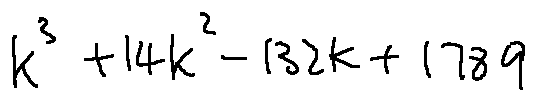
k ^ { 3 } + 1 4 k ^ { 2 } - 1 3 2 k + 1 7 8 9